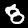
Label: 8